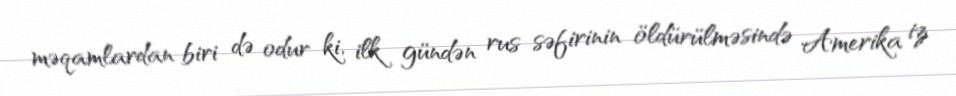
məqamlardan biri də odur ki, ilk gündən rus səfirinin öldürülməsində Amerika iz